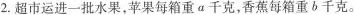
2.超市运进一批水果，苹果每箱重a千克，香蕉每箱重b千克。